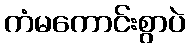
ကံမကောင်းစွာပဲ